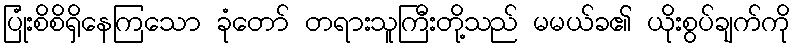
ပြုံးစိစိရှိနေကြသော ခုံတော် တရားသူကြီးတို့သည် မမယ်ခ၏ ယိုးစွပ်ချက်ကို